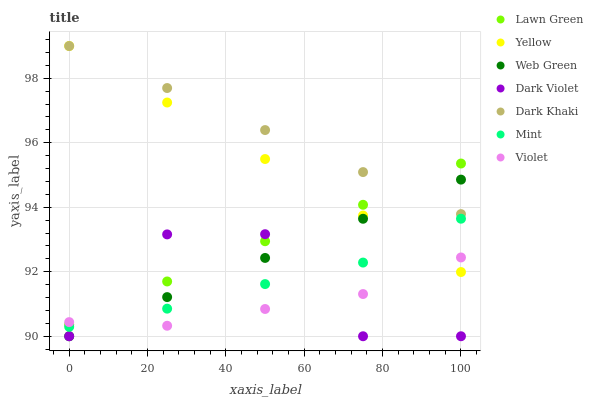
| xaxis_label | Lawn Green | Yellow | Web Green | Dark Violet | Dark Khaki | Mint | Violet |
 | --- | --- | --- | --- | --- | --- | --- | --- |
 | 0 | 90.4 | 99 | 90 | 90 | 99 | 90.3 | 90.4 |
 | 25 | 91.7 | 97.2 | 91.2 | 93.2 | 97.7 | 90.9 | 90.3 |
 | 50 | 92.9 | 95.5 | 92.4 | 93.2 | 96.4 | 91.6 | 90.8 |
 | 75 | 94.1 | 93.7 | 93.6 | 90 | 95.1 | 92.3 | 91.3 |
 | 100 | 95.4 | 92 | 94.9 | 90 | 93.8 | 93.6 | 92.4 |